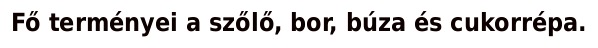
Fő terményei a szőlő, bor, búza és cukorrépa.